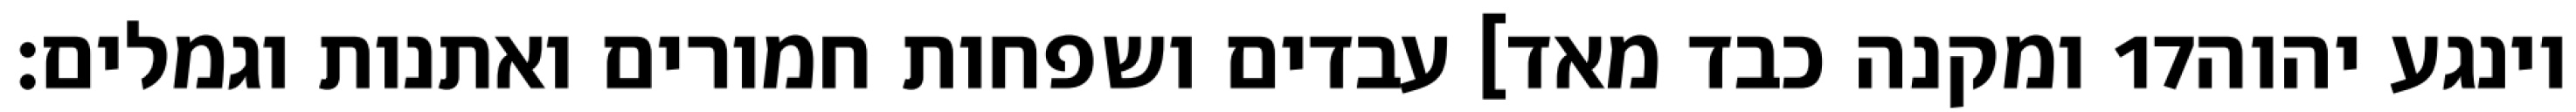
ומקנה כבד מאד] עבדים ושפחות חמורים ואתנות וגמלים׃ ‎17‏ וינגע יהוה